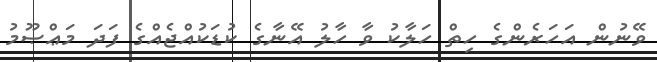
ވޭނުން އަހަރެންގެ ހިތް ހަލާކު ވާ ހާލު އޭނާގެ ކުޑަކުއްޖެއްގެ ފަދަ މަޢްޞޫމު